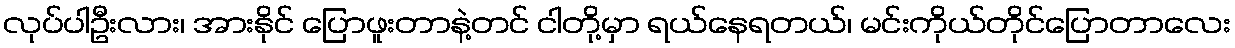
လုပ်ပါဦးလား၊ အားနိုင် ပြောဖူးတာနဲ့တင် ငါတို့မှာ ရယ်နေရတယ်၊ မင်းကိုယ်တိုင်ပြောတာလေး